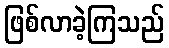
ဖြစ်လာခဲ့ကြသည်